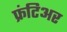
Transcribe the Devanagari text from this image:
फ्रंटिअर